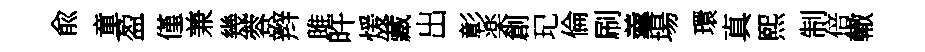
兪童盈僅兼幾蓉辫雎旿煖藏出彰楽創玘倫刷羹場環真熙制倍轍